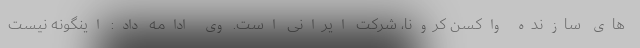
های سازنده واکسن کرونا، شرکت ایرانی است. وی ادامه داد: اینگونه نیست